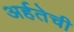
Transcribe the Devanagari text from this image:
अर्हतेची